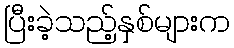
ပြီးခဲ့သည့်နှစ်များက